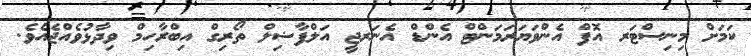
ކަމަށް މިނިސްޓަރ އޮފް އެންވަޔަރަމަންޓް އެންޑް އެނަރޖީ އަލްފާޟިލް ތޯރިގް އިބްރާހިމް ވިދާޅުވެއްޖެއެވެ.